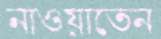
নাওয়াতেন